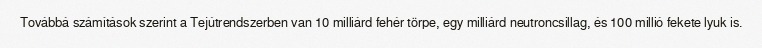
Továbbá számítások szerint a Tejútrendszerben van 10 milliárd fehér törpe, egy milliárd neutroncsillag, és 100 millió fekete lyuk is.